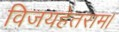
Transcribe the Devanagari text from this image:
विजयहेतराम।